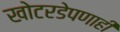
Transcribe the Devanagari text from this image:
खोटरडेपणाही